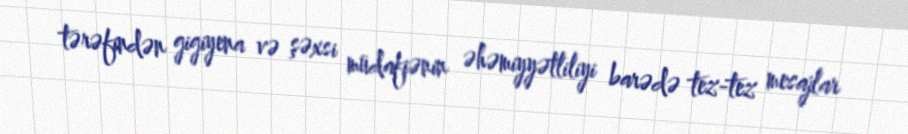
tərəfindən gigiyena və şəxsi müdafiənin əhəmiyyətliliyi barədə tez-tez mesajlar